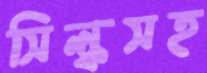
সিল্কসহ